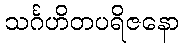
သင်္ဂဟိတပရိဇနော